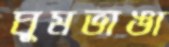
ঘুমভাঙা